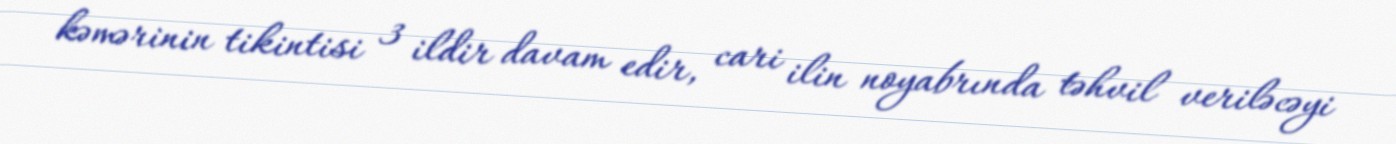
kəmərinin tikintisi 3 ildir davam edir, cari ilin noyabrında təhvil veriləcəyi